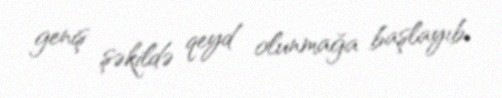
geniş şəkildə qeyd olunmağa başlayıb.